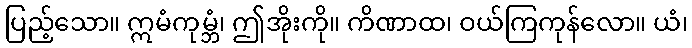
ပြည့်သော။ ဣမံကုမ္ဘံ၊ ဤအိုးကို။ ကိဏာထ၊ ဝယ်ကြကုန်လော။ ယံ၊